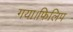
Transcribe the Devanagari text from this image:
गया।फिलिप